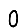
Digit: 0